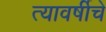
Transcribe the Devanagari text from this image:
त्यावर्षीचे